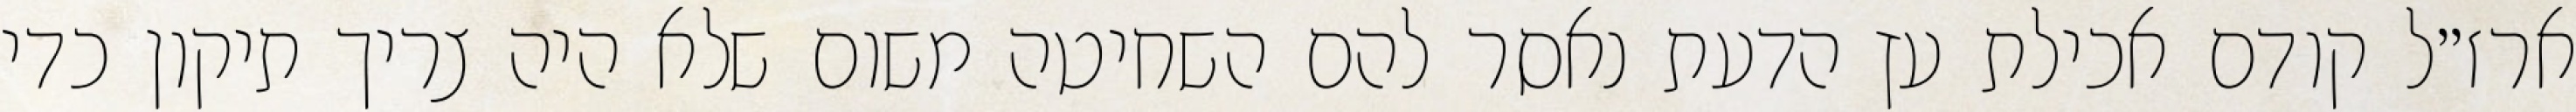
ארז״ל קודם אכילת עץ הדעת נאסר להם השחיטה משום שלא היה צריך תיקון כדי